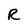
Character: R